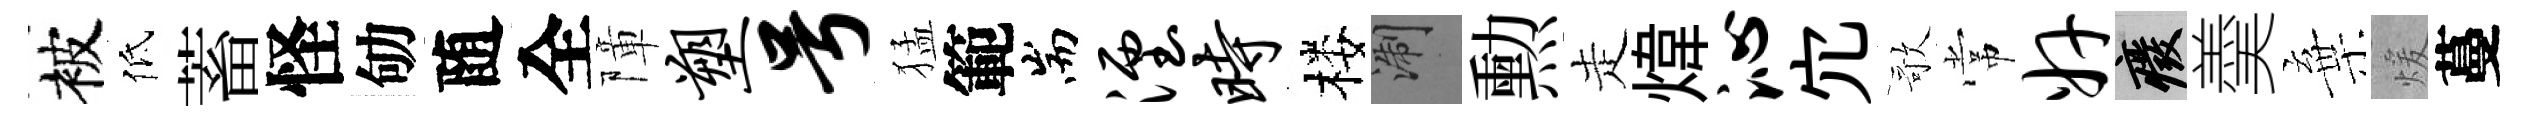
被低蓄怪劬随全障塑号猛範耑湮时楼浙勲走煒沁宂歌常奸廢羮棄煖蔓